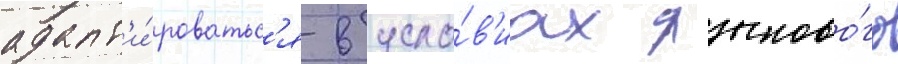
адапт'и́роватьс'я в усло́в'иах языково́го